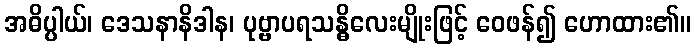
အဓိပ္ပါယ်၊ ဒေသနာနိဒါန၊ ပုဗ္ဗာပရသန္ဓိလေးမျိုးဖြင့် ဝေဖန်၍ ဟောထား၏။